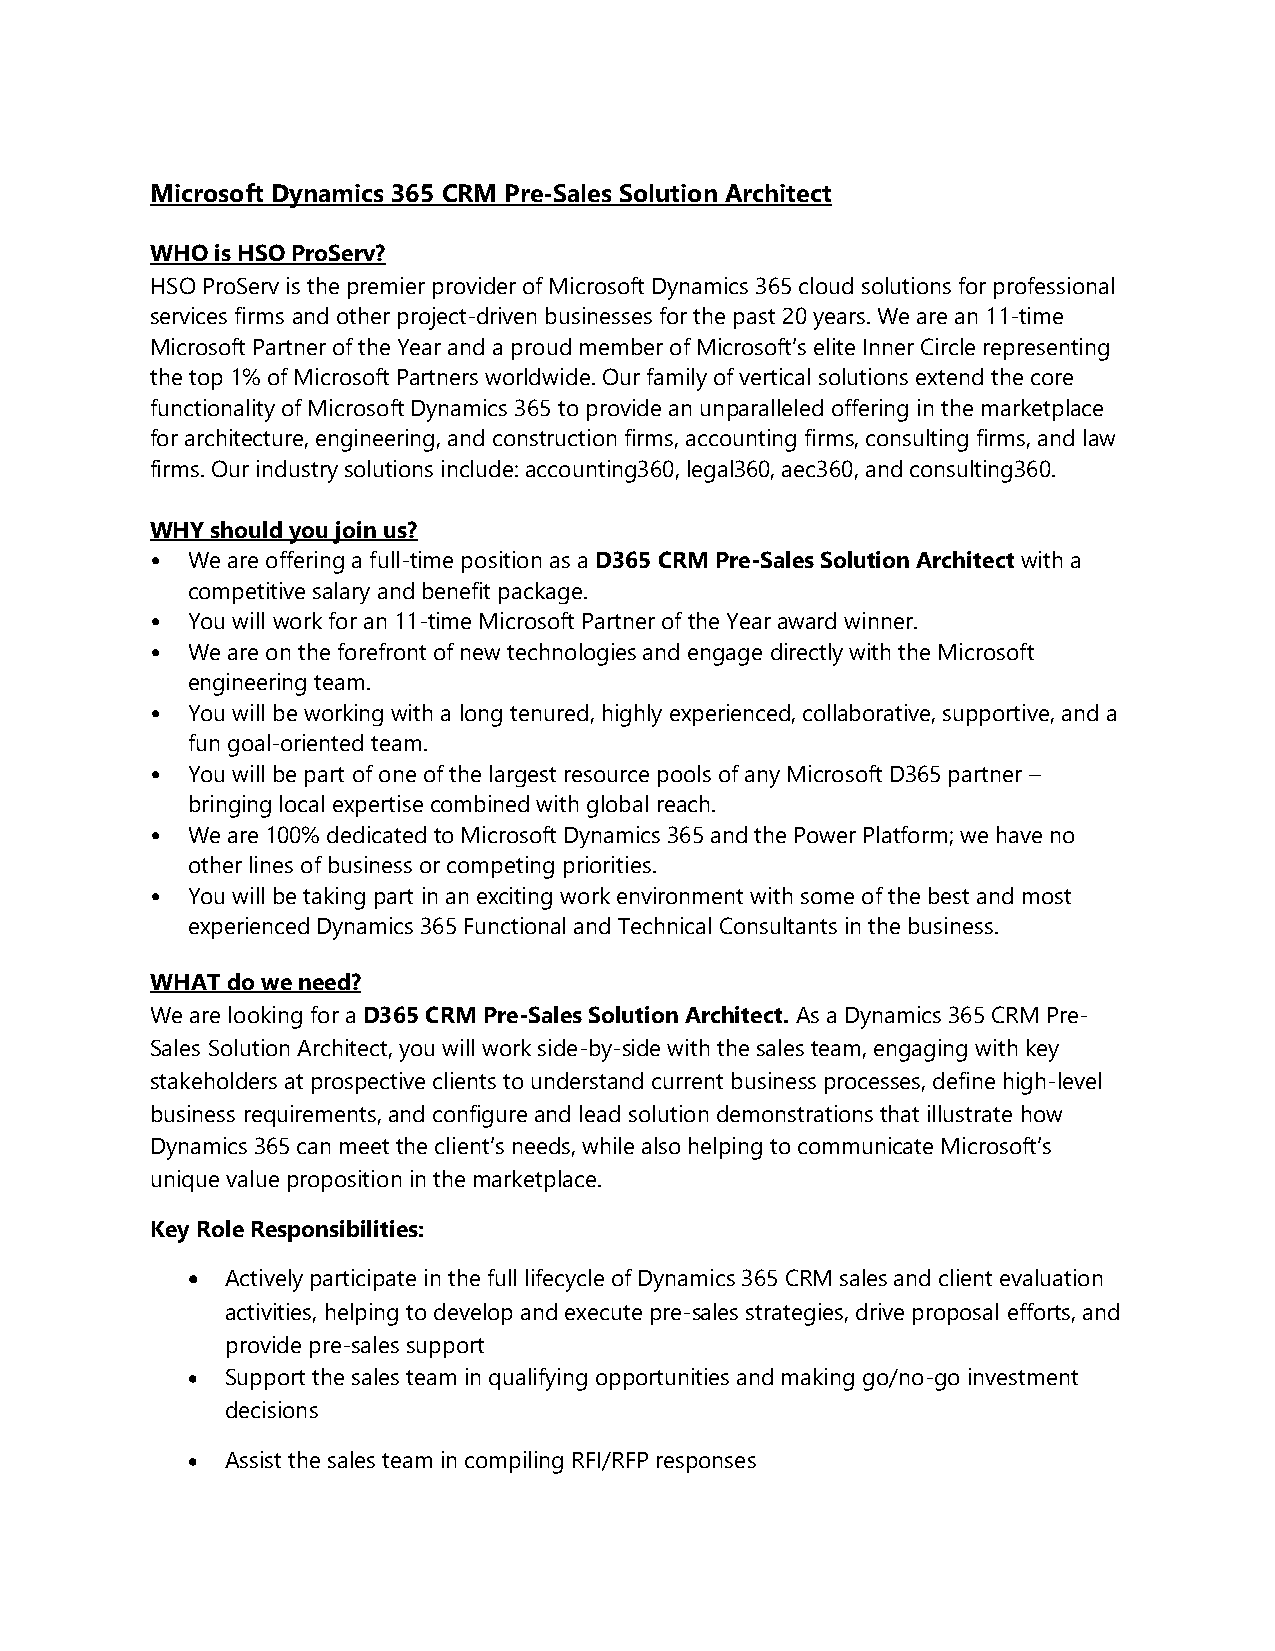
Microsoft Dynamics 365 CRM Pre-Sales Solution Architect
 WHO is HSO ProServ?
 HSO ProServ is the premier provider of Microsoft Dynamics 365 cloud solutions for professional
 services firms and other project-driven businesses for the past 20 years. We are an 11-time
 Microsoft Partner of the Year and a proud member of Microsoft’s elite Inner Circle representing
 the top 1% of Microsoft Partners worldwide. Our family of vertical solutions extend the core
 functionality of Microsoft Dynamics 365 to provide an unparalleled offering in the marketplace
 for architecture, engineering, and construction firms, accounting firms, consulting firms, and law
 firms. Our industry solutions include: accounting360, legal360, aec360, and consulting360.
 WHY should you join us?
 • We are offering a full-time position as a D365 CRM Pre-Sales Solution Architect with a
 competitive salary and benefit package.
 • You will work for an 11-time Microsoft Partner of the Year award winner.
 • We are on the forefront of new technologies and engage directly with the Microsoft
 engineering team.
 • You will be working with a long tenured, highly experienced, collaborative, supportive, and a
 fun goal-oriented team.
 • You will be part of one of the largest resource pools of any Microsoft D365 partner –
 bringing local expertise combined with global reach.
 • We are 100% dedicated to Microsoft Dynamics 365 and the Power Platform; we have no
 other lines of business or competing priorities.
 • You will be taking part in an exciting work environment with some of the best and most
 experienced Dynamics 365 Functional and Technical Consultants in the business.
 WHAT do we need?
 We are looking for a D365 CRM Pre-Sales Solution Architect. As a Dynamics 365 CRM Pre-
 Sales Solution Architect, you will work side-by-side with the sales team, engaging with key
 stakeholders at prospective clients to understand current business processes, define high-level
 business requirements, and configure and lead solution demonstrations that illustrate how
 Dynamics 365 can meet the client’s needs, while also helping to communicate Microsoft’s
 unique value proposition in the marketplace.
 Key Role Responsibilities:
 •  Actively participate in the full lifecycle of Dynamics 365 CRM sales and client evaluation
 activities, helping to develop and execute pre-sales strategies, drive proposal efforts, and
 provide pre-sales support
 •  Support the sales team in qualifying opportunities and making go/no-go investment
 decisions
 •  Assist the sales team in compiling RFI/RFP responses